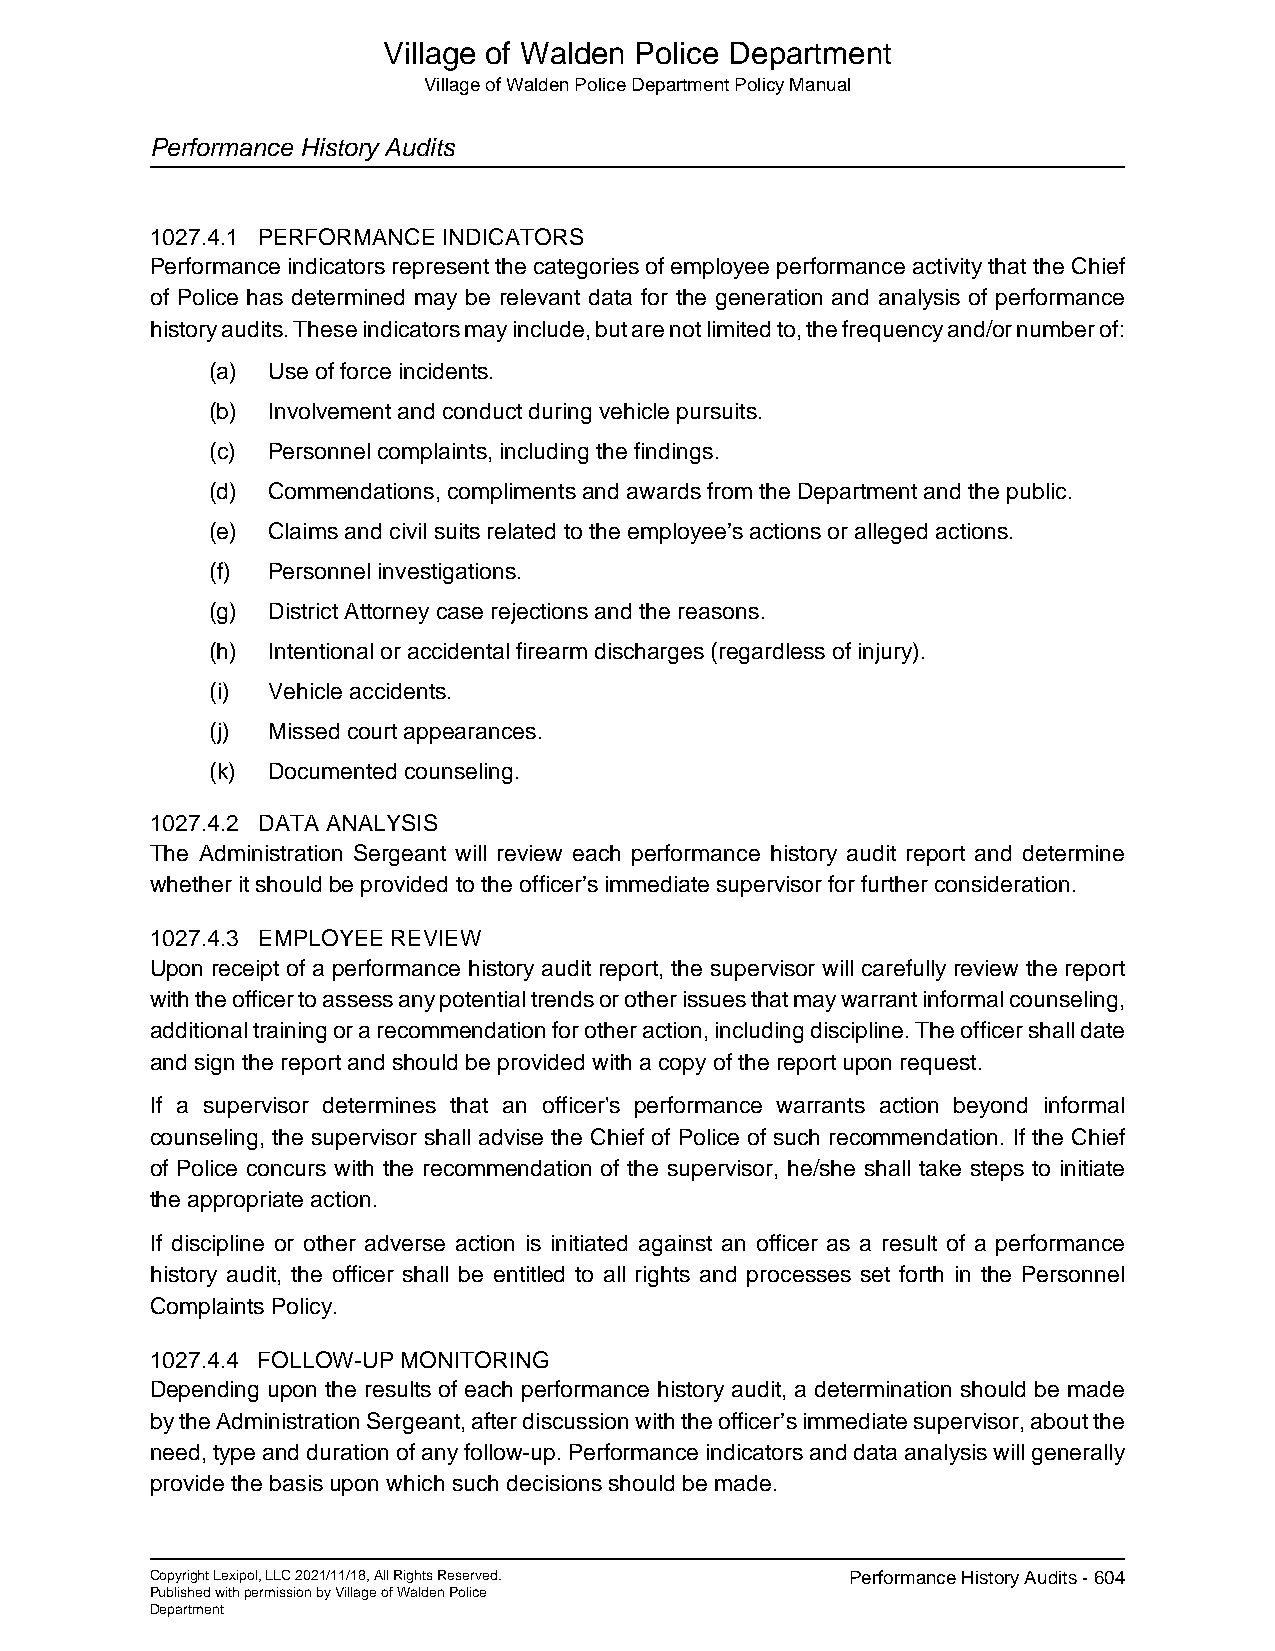
Village of Walden Police Department
 Village of Walden Police Department Policy Manual
 Performance History Audits
 1027.4.1 PERFORMANCE INDICATORS
 Performance indicators represent the categories of employee performance activity that the Chief
 of Police has determined may be relevant data for the generation and analysis of performance
 history audits. These indicators may include, but are not limited to, the frequency and/or number of:
 (a) Use of force incidents.
 (b) Involvement and conduct during vehicle pursuits.
 (c) Personnel complaints, including the findings.
 (d) Commendations, compliments and awards from the Department and the public.
 (e) Claims and civil suits related to the employee’s actions or alleged actions.
 (f) Personnel investigations.
 (g) District Attorney case rejections and the reasons.
 (h) Intentional or accidental firearm discharges (regardless of injury).
 (i) Vehicle accidents.
 (j) Missed court appearances.
 (k) Documented counseling.
 1027.4.2 DATA ANALYSIS
 The Administration Sergeant will review each performance history audit report and determine
 whether it should be provided to the officer’s immediate supervisor for further consideration.
 1027.4.3 EMPLOYEE REVIEW
 Upon receipt of a performance history audit report, the supervisor will carefully review the report
 with the officer to assess any potential trends or other issues that may warrant informal counseling,
 additional training or a recommendation for other action, including discipline. The officer shall date
 and sign the report and should be provided with a copy of the report upon request.
 If a supervisor determines that an officer's performance warrants action beyond informal
 counseling, the supervisor shall advise the Chief of Police of such recommendation. If the Chief
 of Police concurs with the recommendation of the supervisor, he/she shall take steps to initiate
 the appropriate action.
 If discipline or other adverse action is initiated against an officer as a result of a performance
 history audit, the officer shall be entitled to all rights and processes set forth in the Personnel
 Complaints Policy.
 1027.4.4 FOLLOW-UP MONITORING
 Depending upon the results of each performance history audit, a determination should be made
 by the Administration Sergeant, after discussion with the officer’s immediate supervisor, about the
 need, type and duration of any follow-up. Performance indicators and data analysis will generally
 provide the basis upon which such decisions should be made.
 Copyright Lexipol, LLC 2021/11/18, All Rights Reserved. Performance History Audits - 604
 Published with permission by Village of Walden Police
 Department